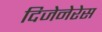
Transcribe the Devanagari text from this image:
दिजेनेरेस